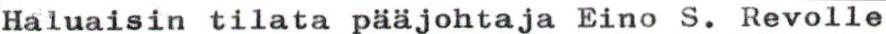
Haluaisin tilata pääjohtaja Eino S. Revolle